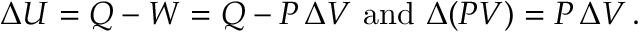
\Delta U = Q - W = Q - P \, \Delta V { \mathrm { ~ a n d ~ } } \Delta ( P V ) = P \, \Delta V \, .